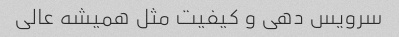
سرویس دهی و کیفیت مثل همیشه عالی